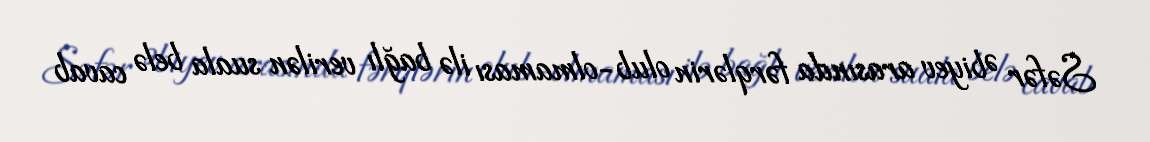
Səfər Əbiyev arasında fərqlərin olub-olmaması ilə bağlı verilən suala belə cavab